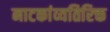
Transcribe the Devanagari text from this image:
नाटकांव्यतिरिक्त